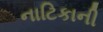
નાટિકાની